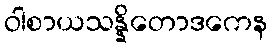
ဝါစာယသန္နိတောဒကေန